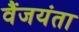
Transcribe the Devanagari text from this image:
वैंजयंता